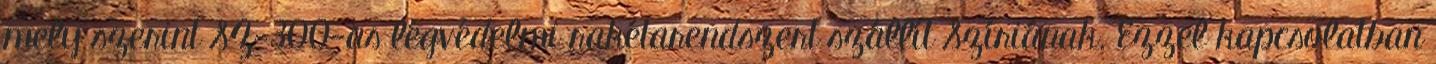
mely szerint SZ-300-as légvédelmi rakétarendszert szállít Szíriának. Ezzel kapcsolatban